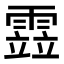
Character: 𩄳